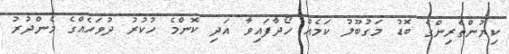
ކިޔުންތެރިންގެ ބޮޑު މަގުބޫލު ކަމެއް ހޯދާފައިވާ އަދި ކޮންމެ ހުކުރު ދުވަހެއްގެ މެންދުރު